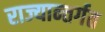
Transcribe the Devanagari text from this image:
राज्यान्तर्गत